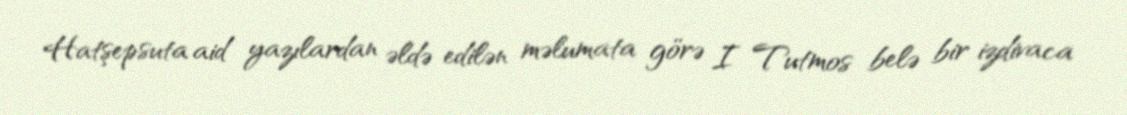
Hatşepsuta aid yazılardan əldə edilən məlumata görə I Tutmos belə bir izdivaca